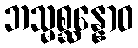
ဘသ္မစ္ဆန္နောဝ